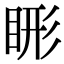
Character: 𬑖